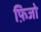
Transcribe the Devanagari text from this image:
फ़िजो